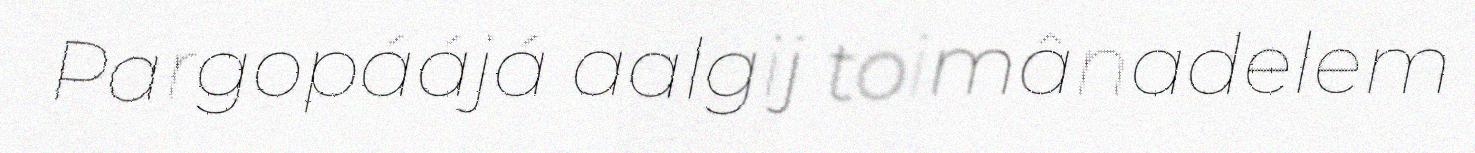
Pargopáájá aalgij toimânadelem